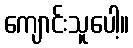
ကျောင်းသူပေါ့။